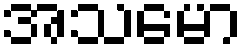
အသမော